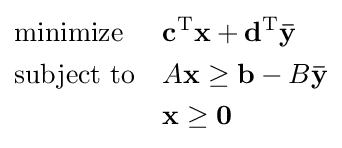
{\begin{aligned}&{\text{minimize}}&&\mathbf {c} ^{\mathrm {T} }\mathbf {x} +\mathbf {d} ^{\mathrm {T} }\mathbf {\bar {y}} \\&{\text{subject to}}&&A\mathbf {x} \geq \mathbf {b} -B\mathbf {\bar {y}} \\&&&\mathbf {x} \geq \mathbf {0} \end{aligned}}